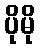
ပိုမို